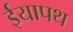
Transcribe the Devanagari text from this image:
ईयापथ